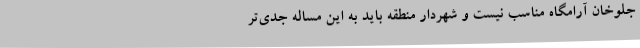
جلوخان آرامگاه مناسب نیست و شهردار منطقه باید به این مساله جدی‌تر